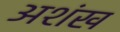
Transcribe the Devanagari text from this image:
अशंख